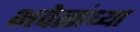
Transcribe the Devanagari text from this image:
भवेत्संध्या